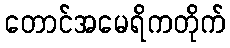
တောင်အမေရိကတိုက်